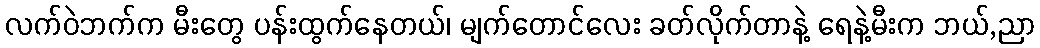
လက်ဝဲဘက်က မီးတွေ ပန်းထွက်နေတယ်၊ မျက်တောင်လေး ခတ်လိုက်တာနဲ့ ရေနဲ့မီးက ဘယ်,ညာ